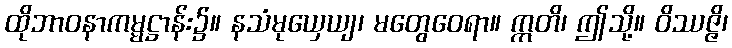
ထိုဘာဝနာကမ္မဋ္ဌာန်း၌။ နသံမုယှေယျ၊ မတွေဝေရာ။ ဣတိ၊ ဤသို့။ ဝိဿဇ္ဇိ၊